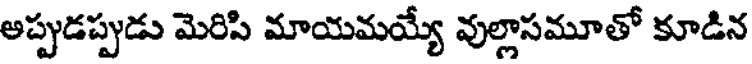
అప్పుడప్పుడు మెరిసి మాయమయ్యే వుల్లాసమూతో కూడిన